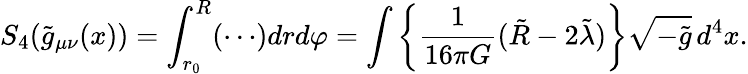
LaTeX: S_{4}(\tilde{g}_{\mu\nu}(x))=\int_{r_{0}}^{R}(\cdots)drd\varphi=\int\left\{ \frac{1}{16\pi G}(\tilde{R}-2\tilde{\lambda})\right\} \sqrt{-\tilde{g}}\, d^{4}x.